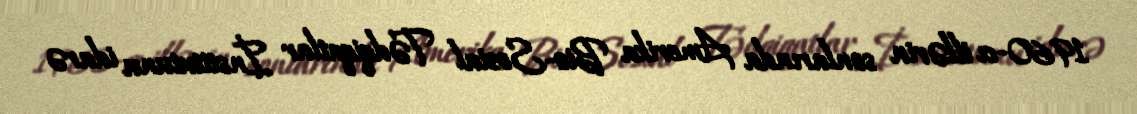
1960-cı illərin sonlarında Amerika Bio-Sosial Tədqiqatlar İnstitutunu idarə